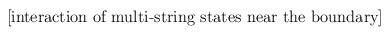
\begin{align*}\mbox{[interaction of multi-string states near the boundary]}\end{align*}